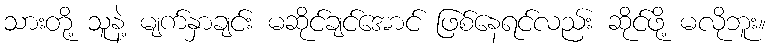
သားတို့ သူနဲ့ မျက်နှာချင်း မဆိုင်ချင်အောင် ဖြစ်နေရင်လည်း ဆိုင်ဖို့ မလိုဘူး။